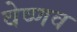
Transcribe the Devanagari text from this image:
वेष्णव